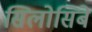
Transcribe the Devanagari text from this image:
सिलोसिबे